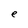
Character: e